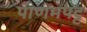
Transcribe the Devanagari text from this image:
पाणमपट्ट